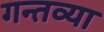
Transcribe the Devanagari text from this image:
गन्तव्या